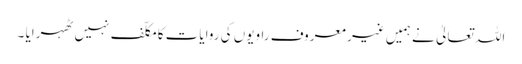
اللہ تعالیٰ نے ہمیں غیر معروف راویوں کی روایات کا مکلّف نہیں ٹھہرایا ۔